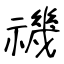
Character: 禨